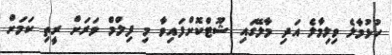
ހުޅުމާލެ ވިލިމާލެ އަދި މާލޭގައި ޝޫޓްކޮށްފައިވާ މި ފިލްމް ވަރަށް ރީތި ކަމަށް